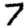
Digit: 7